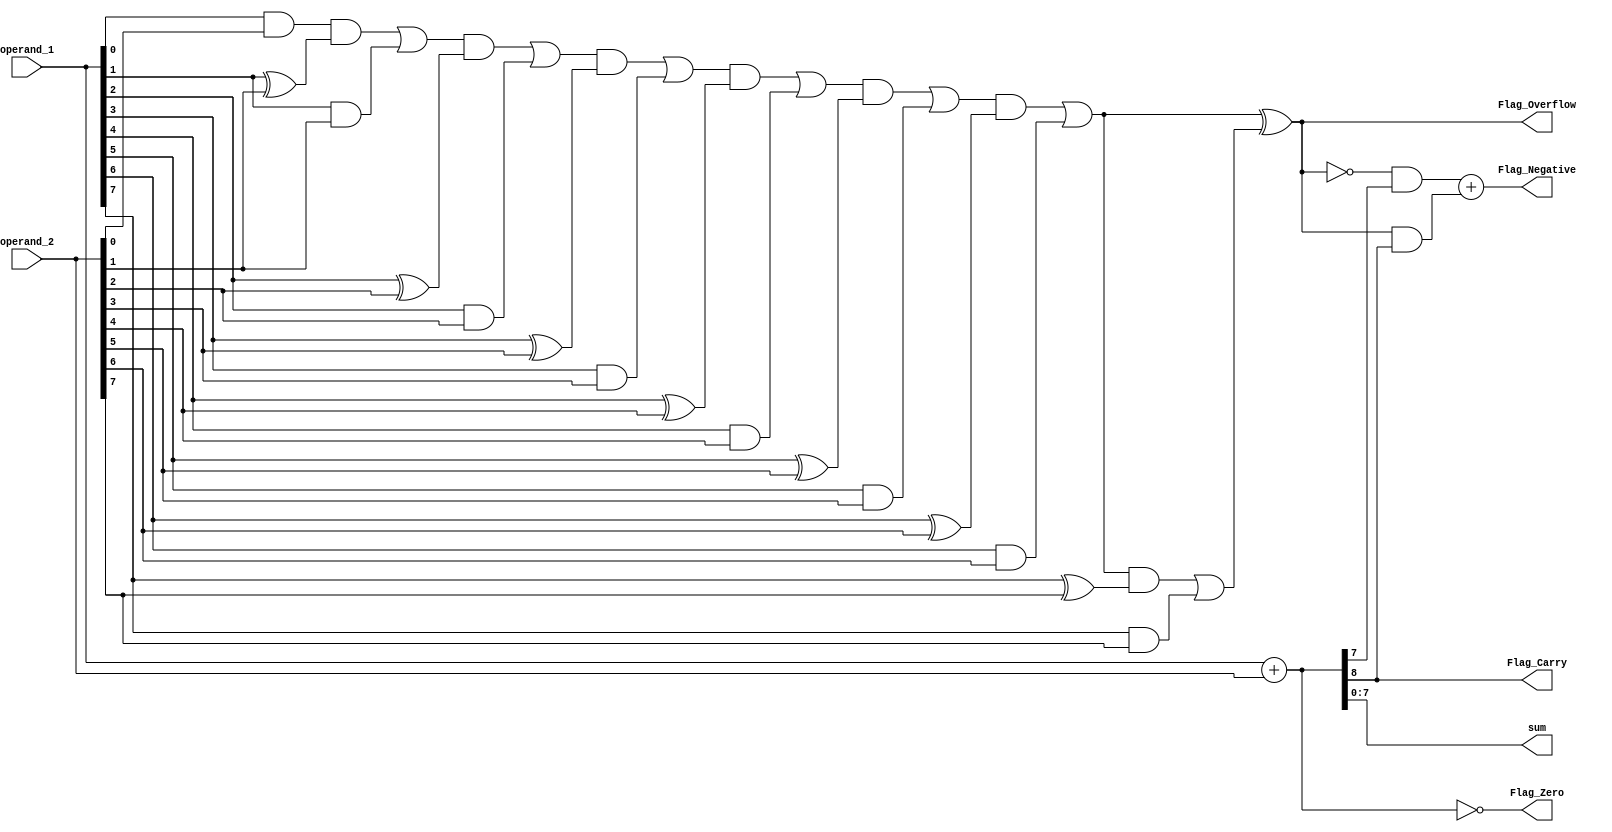
module ALU8bit(operand_1,operand_2,sum,Flag_Carry,Flag_Zero,Flag_Overflow,Flag_Negative);    
 

input [7:0]  operand_1,operand_2;  // Declaring two 8 bit inputs with msb as the sign bit.
  
output [7:0] sum;  //sum is the 8 bit output with msb as the sign bit
output Flag_Carry,Flag_Zero;   //Declaring Flag_Carry,Flag_Zero
output Flag_Overflow,Flag_Negative; // Declaring Flag_Overflow,Flag_Negative

wire [8:0] addn;  // Declaring an 9 bit number that will include the result and the 9th bit as carry
wire [8:0] carry; // Declaring an 9 bit carry number whose each bits are carry at each stage which includes final carry output as the msb 
assign carry[0] =0; // setting the initial cin value to be 0


assign addn = operand_1 + operand_2; //adding the two numbers



assign sum[0] = addn[0];
assign sum[1] = addn[1];
assign sum[2] = addn[2];
assign sum[3] = addn[3];
assign sum[4] = addn[4];
assign sum[5] = addn[5];
assign sum[6] = addn[6];
assign sum[7] = addn[7];
//assigning the first 8 bits of addn array to the final output array as the msb of the former is the final carry that need not be included in the latter



assign carry[1] = (carry[0] & (operand_1[0] ^ operand_2[0])) | (operand_1[0] & operand_2[0]) ;
assign carry[2] = (carry[1] & (operand_1[1] ^ operand_2[1])) | (operand_1[1] & operand_2[1]) ;
assign carry[3] = (carry[2] & (operand_1[2] ^ operand_2[2])) | (operand_1[2] & operand_2[2]) ;
assign carry[4] = (carry[3] & (operand_1[3] ^ operand_2[3])) | (operand_1[3] & operand_2[3]) ;
assign carry[5] = (carry[4] & (operand_1[4] ^ operand_2[4])) | (operand_1[4] & operand_2[4]) ;
assign carry[6] = (carry[5] & (operand_1[5] ^ operand_2[5])) | (operand_1[5] & operand_2[5]) ;
assign carry[7] = (carry[6] & (operand_1[6] ^ operand_2[6])) | (operand_1[6] & operand_2[6]) ;
assign carry[8] = (carry[7] & (operand_1[7] ^ operand_2[7])) | (operand_1[7] & operand_2[7]) ;

//calculating carry at each stage of bitwise addition


assign Flag_Overflow = carry[7] ^ carry[8];

//overflow occurs when the sum of two numbers lies out of the range [-128,127). this case occurs when either the final carry is 0 and the previous carry is 1 or vice versa

assign Flag_Carry  = addn[8];

//carry is the 9th element of addn array
assign Flag_Zero  = (addn == 9'b0);

//it is triggered when final result is zero


assign Flag_Negative = (~(carry[7] ^ carry[8])& sum[7]) + ((carry[7] ^ carry[8]) & addn[8]);

//by observation , no. is negative when 1.) no overflow -> sign bit is high , 2.)overflow -> check when carry is high

endmodule



/*
-> if the number is unsigned we dont need seperate carry and overflow flags as they are both the same


a.)100+49
100=01100100 , 49= 00110001
sum = 10010101, overflow=1,c=0,zero_flag=0,negative flag =0

b.)-2-1
-2=11111110, -1= 11111111
sum= 11111101  , c=1,overflow=0,zero_flag=0,negative flag =1


c.)51+28
51=00110011 , 28=00011100
sum= 01001111, carry=0, overflow=0, zero_flag=0,negative flag =0

d.)126-64
126= 01111110 , -64= 11000000
sum=00111110 carry=1, overflow=0,zero_flag=0,negative flag =0
*/